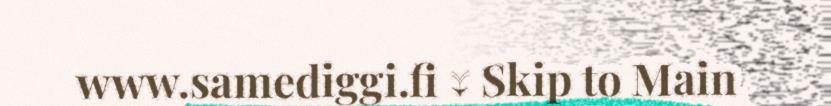
www.samediggi.fi ↓ Skip to Main